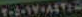
٢٠٩٠١٧٠٨٤٢٤٥